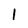
Character: l